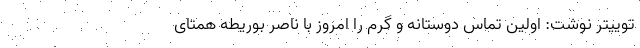
توییتر نوشت: اولین تماس دوستانه و گرم را امروز با ناصر بوریطه همتای